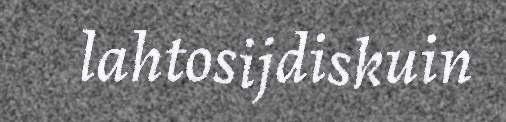
lahtosijdiskuin